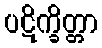
ပဋိက္ခိတ္တာ